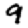
Digit: 9